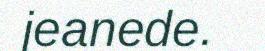
jeanede.